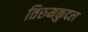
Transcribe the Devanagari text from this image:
तिरुमकुदल